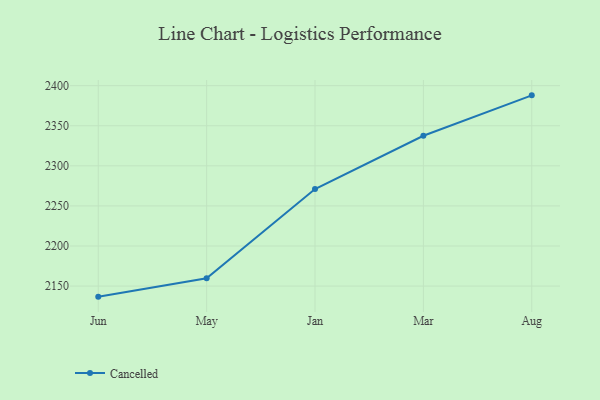
{"axis": {"x": "Month", "y": "Bounce Rate (%)"}, "legend": ["Cancelled"], "data": [{"x": "Jun", "y": 2136.8, "type": "Cancelled"}, {"x": "May", "y": 2159.8, "type": "Cancelled"}, {"x": "Jan", "y": 2271.1, "type": "Cancelled"}, {"x": "Mar", "y": 2337.5, "type": "Cancelled"}, {"x": "Aug", "y": 2387.9, "type": "Cancelled"}]}